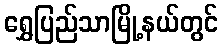
ရွှေပြည်သာမြို့နယ်တွင်